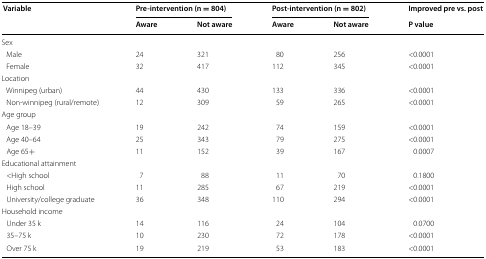
| <ROWSPAN=2> Variable | <COLSPAN=2> Pre-intervention (n = 804) | <COLSPAN=2> Post-intervention (n = 802) | Improved pre vs. post |
 | Aware | Not aware | Aware | Not aware | P value |
 | --- | --- | --- | --- | --- | --- |
 | <COLSPAN=6> Sex |
 | Male | 24 | 321 | 80 | 256 | <0.0001 |
 | Female | 32 | 417 | 112 | 345 | <0.0001 |
 | <COLSPAN=6> Location |
 | Winnipeg (urban) | 44 | 430 | 133 | 336 | <0.0001 |
 | Non-winnipeg (rural/remote) | 12 | 309 | 59 | 265 | <0.0001 |
 | <COLSPAN=6> Age group |
 | Age 18–39 | 19 | 242 | 74 | 159 | <0.0001 |
 | Age 40–64 | 25 | 343 | 79 | 275 | <0.0001 |
 | Age 65+ | 11 | 152 | 39 | 167 | 0.0007 |
 | <COLSPAN=6> Educational attainment |
 | <High school | 7 | 88 | 11 | 70 | 0.1800 |
 | High school | 11 | 285 | 67 | 219 | <0.0001 |
 | University/college graduate | 36 | 348 | 110 | 294 | <0.0001 |
 | <COLSPAN=6> Household income |
 | Under 35 k | 14 | 116 | 24 | 104 | 0.0700 |
 | 35–75 k | 10 | 230 | 72 | 178 | <0.0001 |
 | Over 75 k | 19 | 219 | 53 | 183 | <0.0001 |